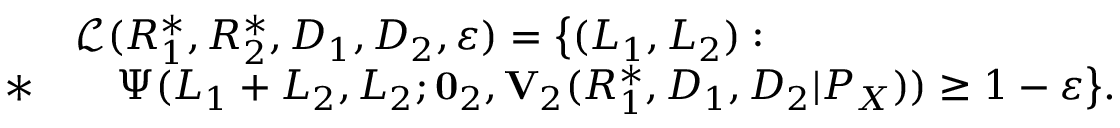
\begin{array} { r l } & { \mathcal { L } ( R _ { 1 } ^ { * } , R _ { 2 } ^ { * } , D _ { 1 } , D _ { 2 } , \varepsilon ) = \big \{ ( L _ { 1 } , L _ { 2 } ) : } \\ { * } & { \quad \Psi ( L _ { 1 } + L _ { 2 } , L _ { 2 } ; \mathbf { 0 } _ { 2 } , \mathbf { V } _ { 2 } ( R _ { 1 } ^ { * } , D _ { 1 } , D _ { 2 } | P _ { X } ) ) \geq 1 - \varepsilon \big \} . } \end{array}